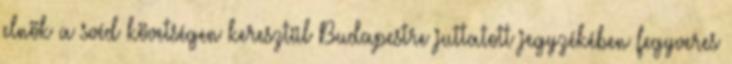
elnök a svéd követségen keresztül Budapestre juttatott jegyzékében fegyveres